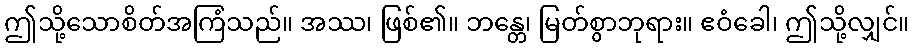
ဤသို့သောစိတ်အကြံသည်။ အဿ၊ ဖြစ်၏။ ဘန္တေ၊ မြတ်စွာဘုရား။ ဧဝံခေါ၊ ဤသို့လျှင်။